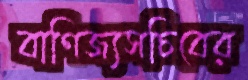
বাণিজ্যসচিবের